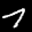
Label: 7